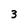
Character: 3